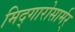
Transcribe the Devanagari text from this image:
मिद्गारोसार्मर्